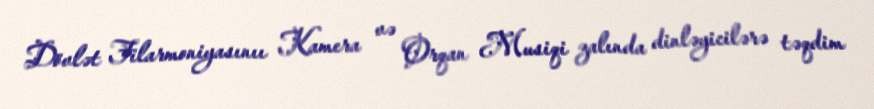
Dövlət Filarmoniyasınıı Kamera və Orqan Musiqi zalında dinləyicilərə təqdim